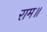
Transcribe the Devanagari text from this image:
राम॥